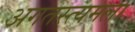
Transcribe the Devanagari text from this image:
अगतस्त्यमला